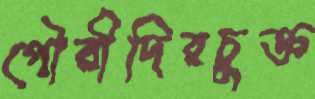
গৌরীদিরচুক্ত